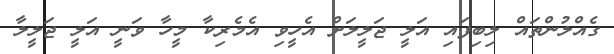
ގެއްލުންތައް ލިބިފައި އަލީ ޖަލީލަށް އެހީވި އެމެރިކާ މީހާ ވަނީ އަލީ ޖަލީލާ